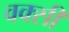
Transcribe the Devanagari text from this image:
वक्सी